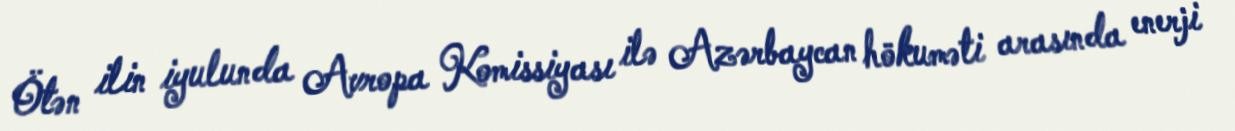
Ötən ilin iyulunda Avropa Komissiyası ilə Azərbaycan hökuməti arasında enerji